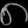
Digit: ၈